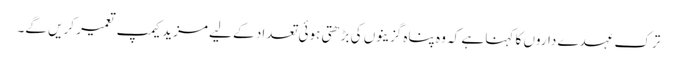
ترک عہدے داروں کا کہنا ہے کہ وہ پناہ گزینوں کی بڑھتی ہوئی تعداد کے لیے مزید کیمپ تعمیر کریں گے۔